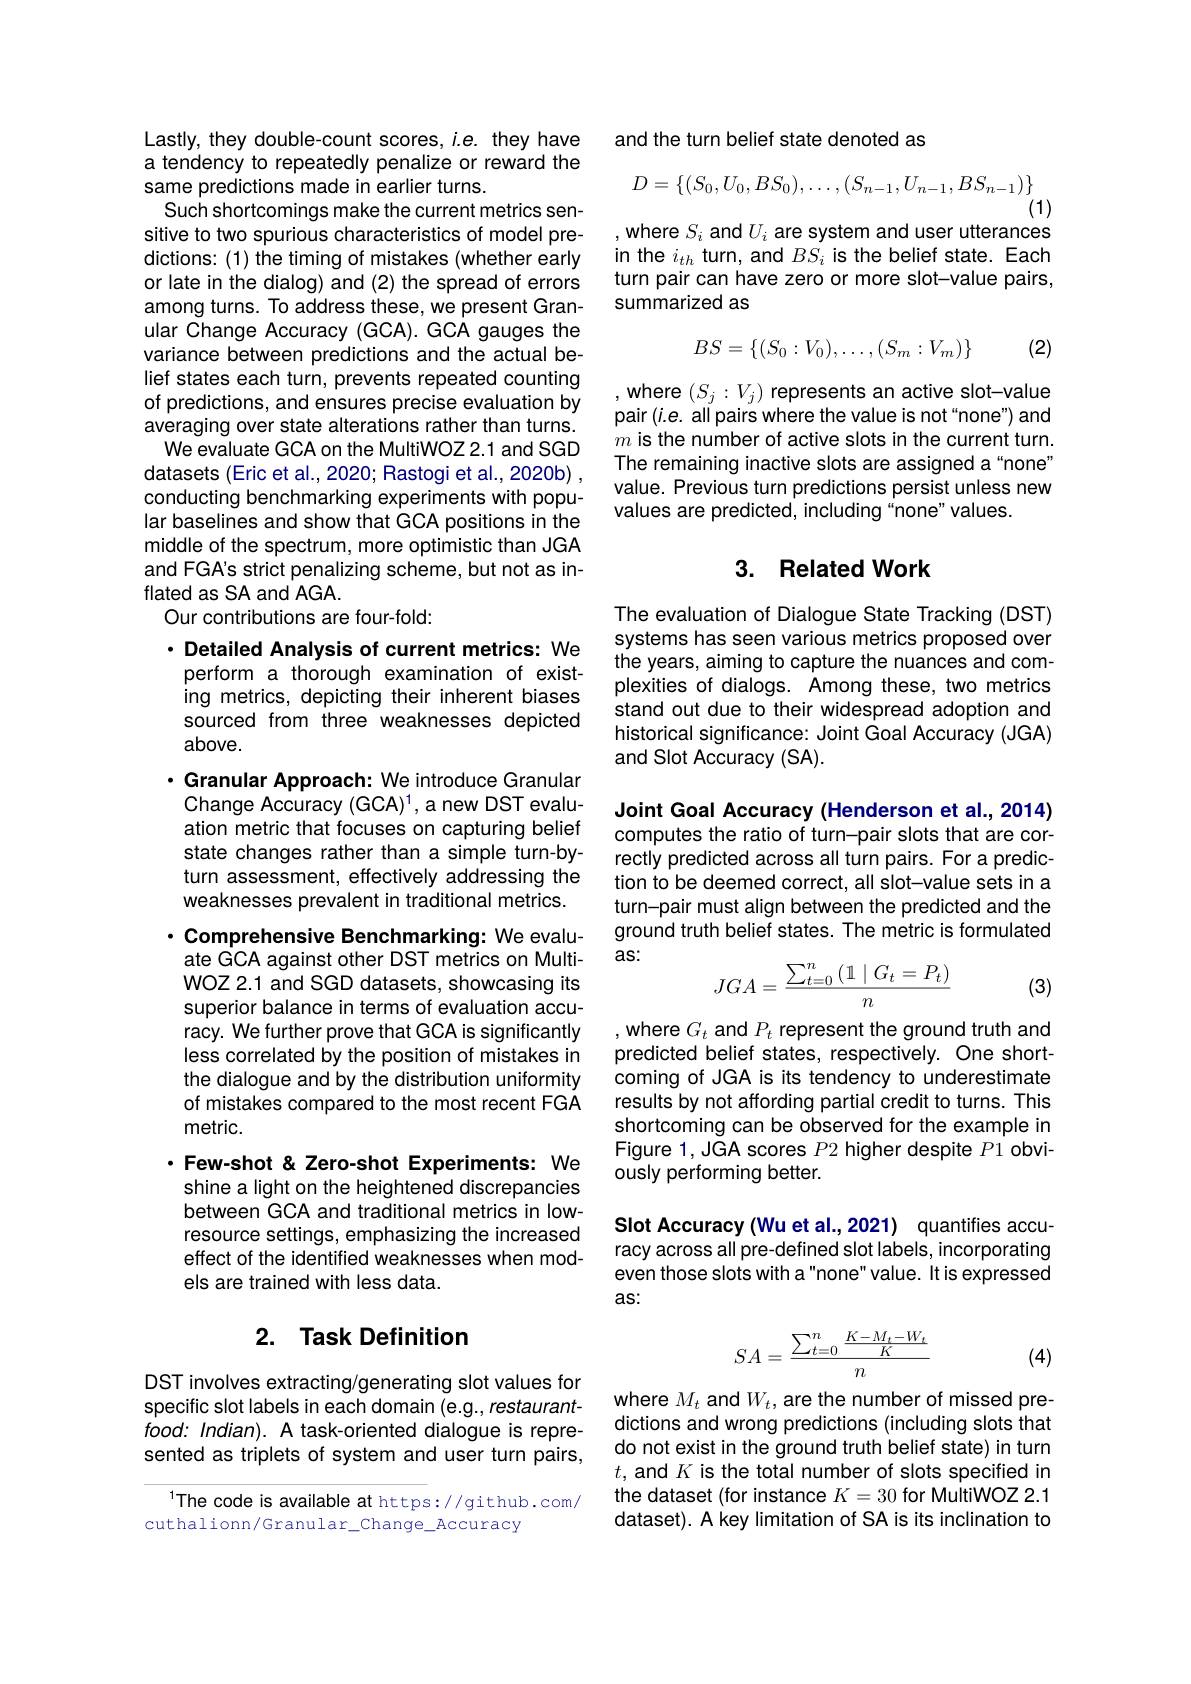
Lastly, they double-count scores, i.e. they have a tendency to repeatedly penalize or reward the same predictions made in earlier turns.
Such shortcomings make the current metrics sensitive to two spurious characteristics of model predictions: (1) the timing of mistakes (whether early or late in the dialog) and (2) the spread of errors among turns. To address these, we present Granular Change Accuracy (GCA).GCA gauges the variance between predictions and the actual belief states each turn, prevents repeated counting of predictions, and ensures precise evaluation by averaging over state alterations rather than turns.
We evaluate GCA on the MultiWOZ 2.1 and SGD datasets (Eric et al., 2020; Rastogi et al., 2020b) , conducting benchmarking experiments with popular baselines and show that GCA positions in the middle of the spectrum, more optimistic than JGA and FGA's strict penalizing scheme, but not as inflated as SA and AGA.
Our contributions are four-fold:

$\cdot$ Detailed Analysis of current metrics: We perform a thorough examination of existing metrics, depicting their inherent biases sourced from three weaknesses depicted above.

· Granular Approach: We introduce Granular
Change Accuracy (GCA)1, a new DST evaluation metric that focuses on capturing belief state changes rather than a simple turn-byturn assessment, effectively addressing the weaknesses prevalent in traditional metrics.

$\cdot$ Comprehensive Benchmarking: We evaluate GCA against other DST metrics on MultiWOZ 2.1 and SGD datasets, showcasing its superior balance in terms of evaluation accuracy. We further prove that GCA is significantly less correlated by the position of mistakes in the dialogue and by the distribution uniformity of mistakes compared to the most recent FGA metric.

·Few-shot & Zero-shot Experiments: We shine a light on the heightened discrepancies between GCA and traditional metrics in lowresource settings, emphasizing the increased effect of the identified weaknesses when models are trained with less data.

## 2. Task Definition

DST involves extracting/generating slot values for specific slot labels in each domain (e.g., restaurantfood: Indian). A task-oriented dialogue is represented as triplets of system and user turn pairs,

The code is available at https://github.com/
cuthalionn/Granular\_Change\_Accuracy

and the turn belief state denoted as
$$D=\{(S_0,U_0,BS_0),\ldots,(S_{n-1},U_{n-1},BS_{n-1})\}$$
, where $S_i$ and $U_i$ are system and user utterances

in the $i_{th}$ turn, and $BS_i$ is the belief state. Each turn pair can have zero or more slot-value pairs, summarized as
$$BS=\{(S_0:V_0),\dots,(S_m:V_m)\}$$
(2)

,where $(S_j:V_j)$ represents an active slot-value pair $(i.e.$ all pairs where the value is not "none") and $m$ is the number of active slots in the current turn. The remaining inactive slots are assigned a“none” value. Previous turn predictions persist unless new values are predicted, including“none”values.

## 3. Related Work

The evaluation of Dialogue State Tracking (DST) systems has seen various metrics proposed over the years, aiming to capture the nuances and complexities of dialogs. Among these, two metrics stand out due to their widespread adoption and historical significance: Joint Goal Accuracy (JGA) and Slot Accuracy (SA).

Joint Goal Accuracy (Henderson et al., 2014) computes the ratio of turn-pair slots that are correctly predicted across all turn pairs. For a prediction to be deemed correct, all slot-value sets in a turn-pair must align between the predicted and the ground truth belief states. The metric is formulated as:
$$JGA=\frac{\sum_{t=0}^n\left(\mathbb{1}\mid G_t=P_t\right)}{n}$$
(3)

, where $G_t$ and $P_t$ represent the ground truth and predicted belief states, respectively. One shortcoming of JGA is its tendency to underestimate results by not affording partial credit to turns. This shortcoming can be observed for the example in Figure 1, JGA scores $P2$ higher despite $P1$ obviously performing better.

Slot Accuracy (Wu et al.,2021) quantifies accuracy across all pre-defined slot labels, incorporating even those slots with a"none" value. It is expressed as:
$$SA=\frac{\sum_{t=0}^n\frac{K-M_t-W_t}{K}}{n}$$
(4)

where $M_t$ and $W_t$, are the number of missed predictions and wrong predictions (including slots that do not exist in the ground truth belief state) in turn $t$,and $K\textbf{is the total number of slots specified in}$ the dataset (for instance $K=30$ for MultiWOZ 2.1 dataset). A key limitation of SA is its inclination to